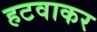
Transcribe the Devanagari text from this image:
हटवाकर